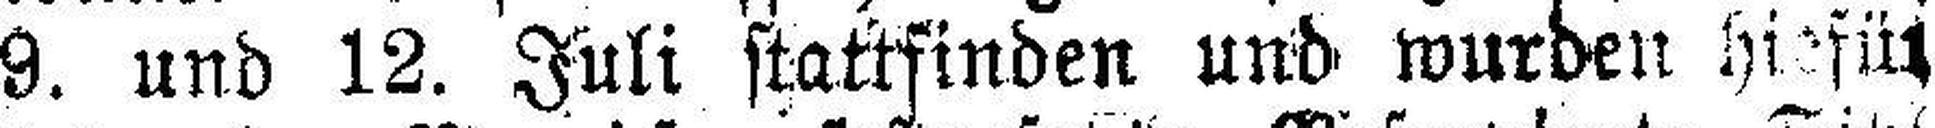
9. und 12. Juli stattfinden und wurden hiefür